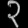
Digit: ၃